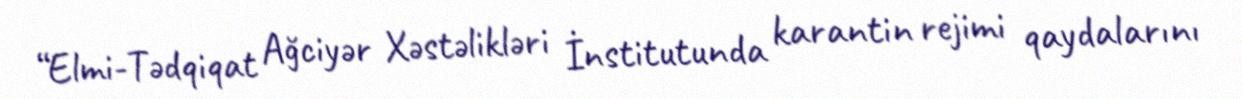
“Elmi-Tədqiqat Ağciyər Xəstəlikləri İnstitutunda karantin rejimi qaydalarını